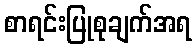
စာရင်းပြုစုချက်အရ